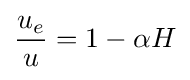
{\frac {u_{e}}{u}}=1-\alpha H